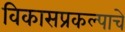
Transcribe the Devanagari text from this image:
विकासप्रकल्पाचे